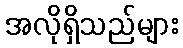
အလိုရှိသည်များ